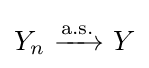
Y_{n}\ {\xrightarrow {\overset {}{\text{a.s.}}}}\ Y